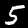
Digit: 5